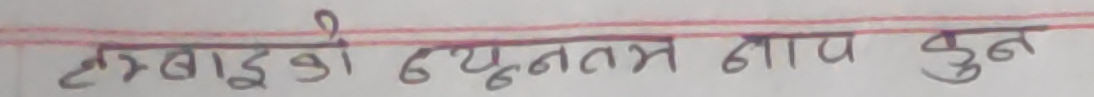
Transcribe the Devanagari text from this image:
लम्बाई को न्यूनतम नाप कुन